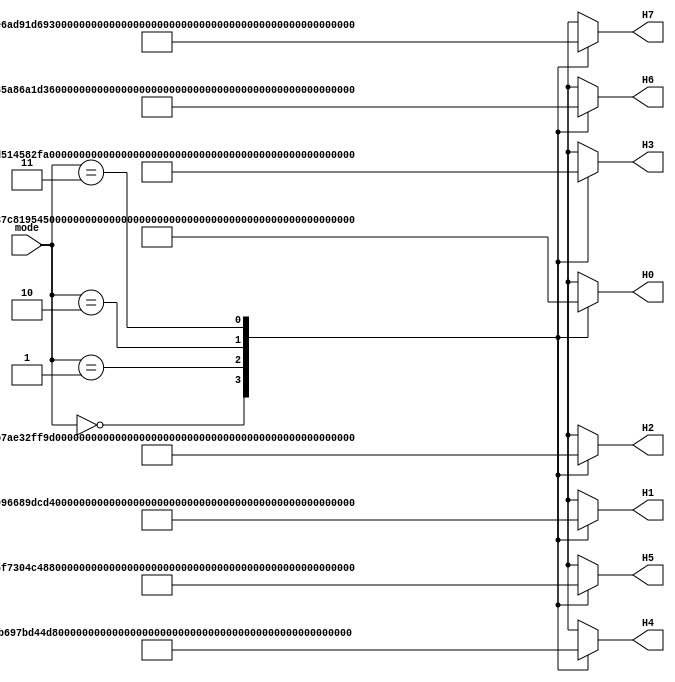
// This program was cloned from: https://github.com/secworks/sha512
// License: BSD 2-Clause "Simplified" License

//======================================================================
//
// sha512_h_constants.v
// ---------------------
// The H initial constants for the different modes in SHA-512.
//
//
// Copyright (c) 2014 Secworks Sweden AB
// All rights reserved.
//
// Redistribution and use in source and binary forms, with or
// without modification, are permitted provided that the following
// conditions are met:
//
// 1. Redistributions of source code must retain the above copyright
//    notice, this list of conditions and the following disclaimer.
//
// 2. Redistributions in binary form must reproduce the above copyright
//    notice, this list of conditions and the following disclaimer in
//    the documentation and/or other materials provided with the
//    distribution.
//
// THIS SOFTWARE IS PROVIDED BY THE COPYRIGHT HOLDERS AND CONTRIBUTORS
// "AS IS" AND ANY EXPRESS OR IMPLIED WARRANTIES, INCLUDING, BUT NOT
// LIMITED TO, THE IMPLIED WARRANTIES OF MERCHANTABILITY AND FITNESS
// FOR A PARTICULAR PURPOSE ARE DISCLAIMED. IN NO EVENT SHALL THE
// COPYRIGHT OWNER OR CONTRIBUTORS BE LIABLE FOR ANY DIRECT, INDIRECT,
// INCIDENTAL, SPECIAL, EXEMPLARY, OR CONSEQUENTIAL DAMAGES (INCLUDING,
// BUT NOT LIMITED TO, PROCUREMENT OF SUBSTITUTE GOODS OR SERVICES;
// LOSS OF USE, DATA, OR PROFITS; OR BUSINESS INTERRUPTION) HOWEVER
// CAUSED AND ON ANY THEORY OF LIABILITY, WHETHER IN CONTRACT,
// STRICT LIABILITY, OR TORT (INCLUDING NEGLIGENCE OR OTHERWISE)
// ARISING IN ANY WAY OUT OF THE USE OF THIS SOFTWARE, EVEN IF
// ADVISED OF THE POSSIBILITY OF SUCH DAMAGE.
//
//======================================================================

`default_nettype none

module sha512_h_constants(
                          input wire  [1 : 0]  mode,

                          output wire [63 : 0] H0,
                          output wire [63 : 0] H1,
                          output wire [63 : 0] H2,
                          output wire [63 : 0] H3,
                          output wire [63 : 0] H4,
                          output wire [63 : 0] H5,
                          output wire [63 : 0] H6,
                          output wire [63 : 0] H7
                         );

  //----------------------------------------------------------------
  // Wires.
  //----------------------------------------------------------------
  reg [63 : 0] tmp_H0;
  reg [63 : 0] tmp_H1;
  reg [63 : 0] tmp_H2;
  reg [63 : 0] tmp_H3;
  reg [63 : 0] tmp_H4;
  reg [63 : 0] tmp_H5;
  reg [63 : 0] tmp_H6;
  reg [63 : 0] tmp_H7;


  //----------------------------------------------------------------
  // Concurrent connectivity for ports etc.
  //----------------------------------------------------------------
  assign H0 = tmp_H0;
  assign H1 = tmp_H1;
  assign H2 = tmp_H2;
  assign H3 = tmp_H3;
  assign H4 = tmp_H4;
  assign H5 = tmp_H5;
  assign H6 = tmp_H6;
  assign H7 = tmp_H7;


  //----------------------------------------------------------------
  // mode_mux
  //
  // Based on the given mode, the correct H constants are selected.
  //----------------------------------------------------------------
  always @*
    begin : mode_mux
      case(mode)
        0:
          begin
            // SHA-512/224
            tmp_H0 = 64'h8c3d37c819544da2;
            tmp_H1 = 64'h73e1996689dcd4d6;
            tmp_H2 = 64'h1dfab7ae32ff9c82;
            tmp_H3 = 64'h679dd514582f9fcf;
            tmp_H4 = 64'h0f6d2b697bd44da8;
            tmp_H5 = 64'h77e36f7304c48942;
            tmp_H6 = 64'h3f9d85a86a1d36c8;
            tmp_H7 = 64'h1112e6ad91d692a1;
          end

        1:
          begin
            // SHA-512/256
            tmp_H0 = 64'h22312194fc2bf72c;
            tmp_H1 = 64'h9f555fa3c84c64c2;
            tmp_H2 = 64'h2393b86b6f53b151;
            tmp_H3 = 64'h963877195940eabd;
            tmp_H4 = 64'h96283ee2a88effe3;
            tmp_H5 = 64'hbe5e1e2553863992;
            tmp_H6 = 64'h2b0199fc2c85b8aa;
            tmp_H7 = 64'h0eb72ddc81c52ca2;
          end

        2:
          begin
            // SHA-384
            tmp_H0 = 64'hcbbb9d5dc1059ed8;
            tmp_H1 = 64'h629a292a367cd507;
            tmp_H2 = 64'h9159015a3070dd17;
            tmp_H3 = 64'h152fecd8f70e5939;
            tmp_H4 = 64'h67332667ffc00b31;
            tmp_H5 = 64'h8eb44a8768581511;
            tmp_H6 = 64'hdb0c2e0d64f98fa7;
            tmp_H7 = 64'h47b5481dbefa4fa4;
          end

        3:
          begin
            // SHA-512
            tmp_H0 = 64'h6a09e667f3bcc908;
            tmp_H1 = 64'hbb67ae8584caa73b;
            tmp_H2 = 64'h3c6ef372fe94f82b;
            tmp_H3 = 64'ha54ff53a5f1d36f1;
            tmp_H4 = 64'h510e527fade682d1;
            tmp_H5 = 64'h9b05688c2b3e6c1f;
            tmp_H6 = 64'h1f83d9abfb41bd6b;
            tmp_H7 = 64'h5be0cd19137e2179;
          end
      endcase // case (addr)
    end // block: mode_mux
endmodule // sha512_h_constants

//======================================================================
// sha512_h_constants.v
//======================================================================